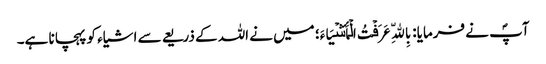
آپؐ نے فرمایا: بِاللّهِ عَرَفۡتُ الۡأَشۡیَاءَ؛ میں نے اللہ کے ذریعے سے اشیاء کو پہچانا ہے۔